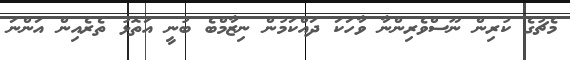
މެޗުގެ ކުރިން ނޫސްވެރިންނާ ވާހަކަ ދައްކަމުން ނިޒާމްބެ ބުނީ އަތޮޅު ތެރެއިން އަންނަ